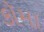
કૉમા